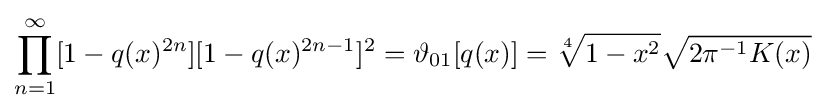
\prod _{n=1}^{\infty }[1-q(x)^{2n}][1-q(x)^{2n-1}]^{2}=\vartheta _{01}[q(x)]={\sqrt[{4}]{1-x^{2}}}{\sqrt {2\pi ^{-1}K(x)}}